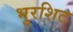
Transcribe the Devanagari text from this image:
भुरशिट